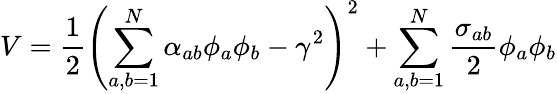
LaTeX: V=\frac{1}{2}\left(\sum_{a,b=1}^{N}\alpha_{ab}\phi_{a}\phi_{b}-\gamma^{2}\right)^{2}+\sum_{a,b=1}^{N}\frac{\sigma_{ab}}{2}\phi_{a}\phi_{b}